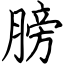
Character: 膀